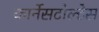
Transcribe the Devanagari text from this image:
कार्नेसटोल्टेस